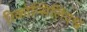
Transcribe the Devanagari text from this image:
रिकोन्सिलिएश्न